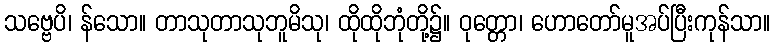
သဗ္ဗေပိ၊ န်သော။ တာသုတာသုဘူမိသု၊ ထိုထိုဘုံတို့၌။ ဝုတ္တော၊ ဟောတော်မူအပ်ပြီးကုန်သာ။